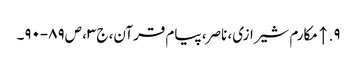
۹. ↑ مکارم شیرازی، ناصر، پیام قرآن، ج‌۳، ص‌۸۹-۹۰۔